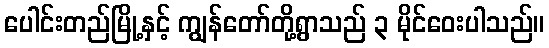
ပေါင်းတည်မြို့နှင့် ကျွန်တော်တို့ရွာသည် ၃ မိုင်ဝေးပါသည်။